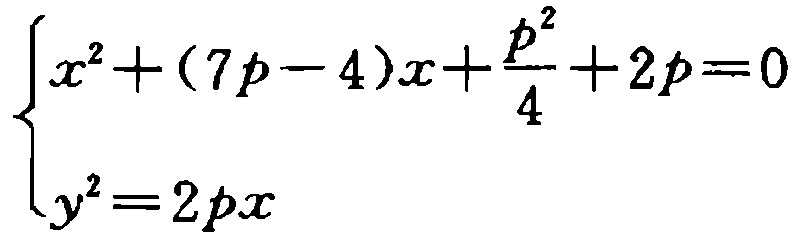
\[\begin{cases}
x^{2}+(7p - 4)x+\frac{p^{2}}{4}+2p = 0\\
y^{2}=2px
\end{cases}\]